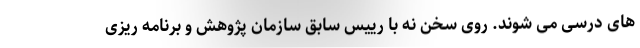
های درسی می شوند. روی سخن نه با رییس سابق سازمان پژوهش و برنامه ریزی